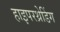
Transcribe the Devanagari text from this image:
हाइपरथ्रेडिंग